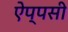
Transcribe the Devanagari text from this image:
ऐप्पसी